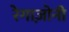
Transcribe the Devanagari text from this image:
रेगाज़ोनी